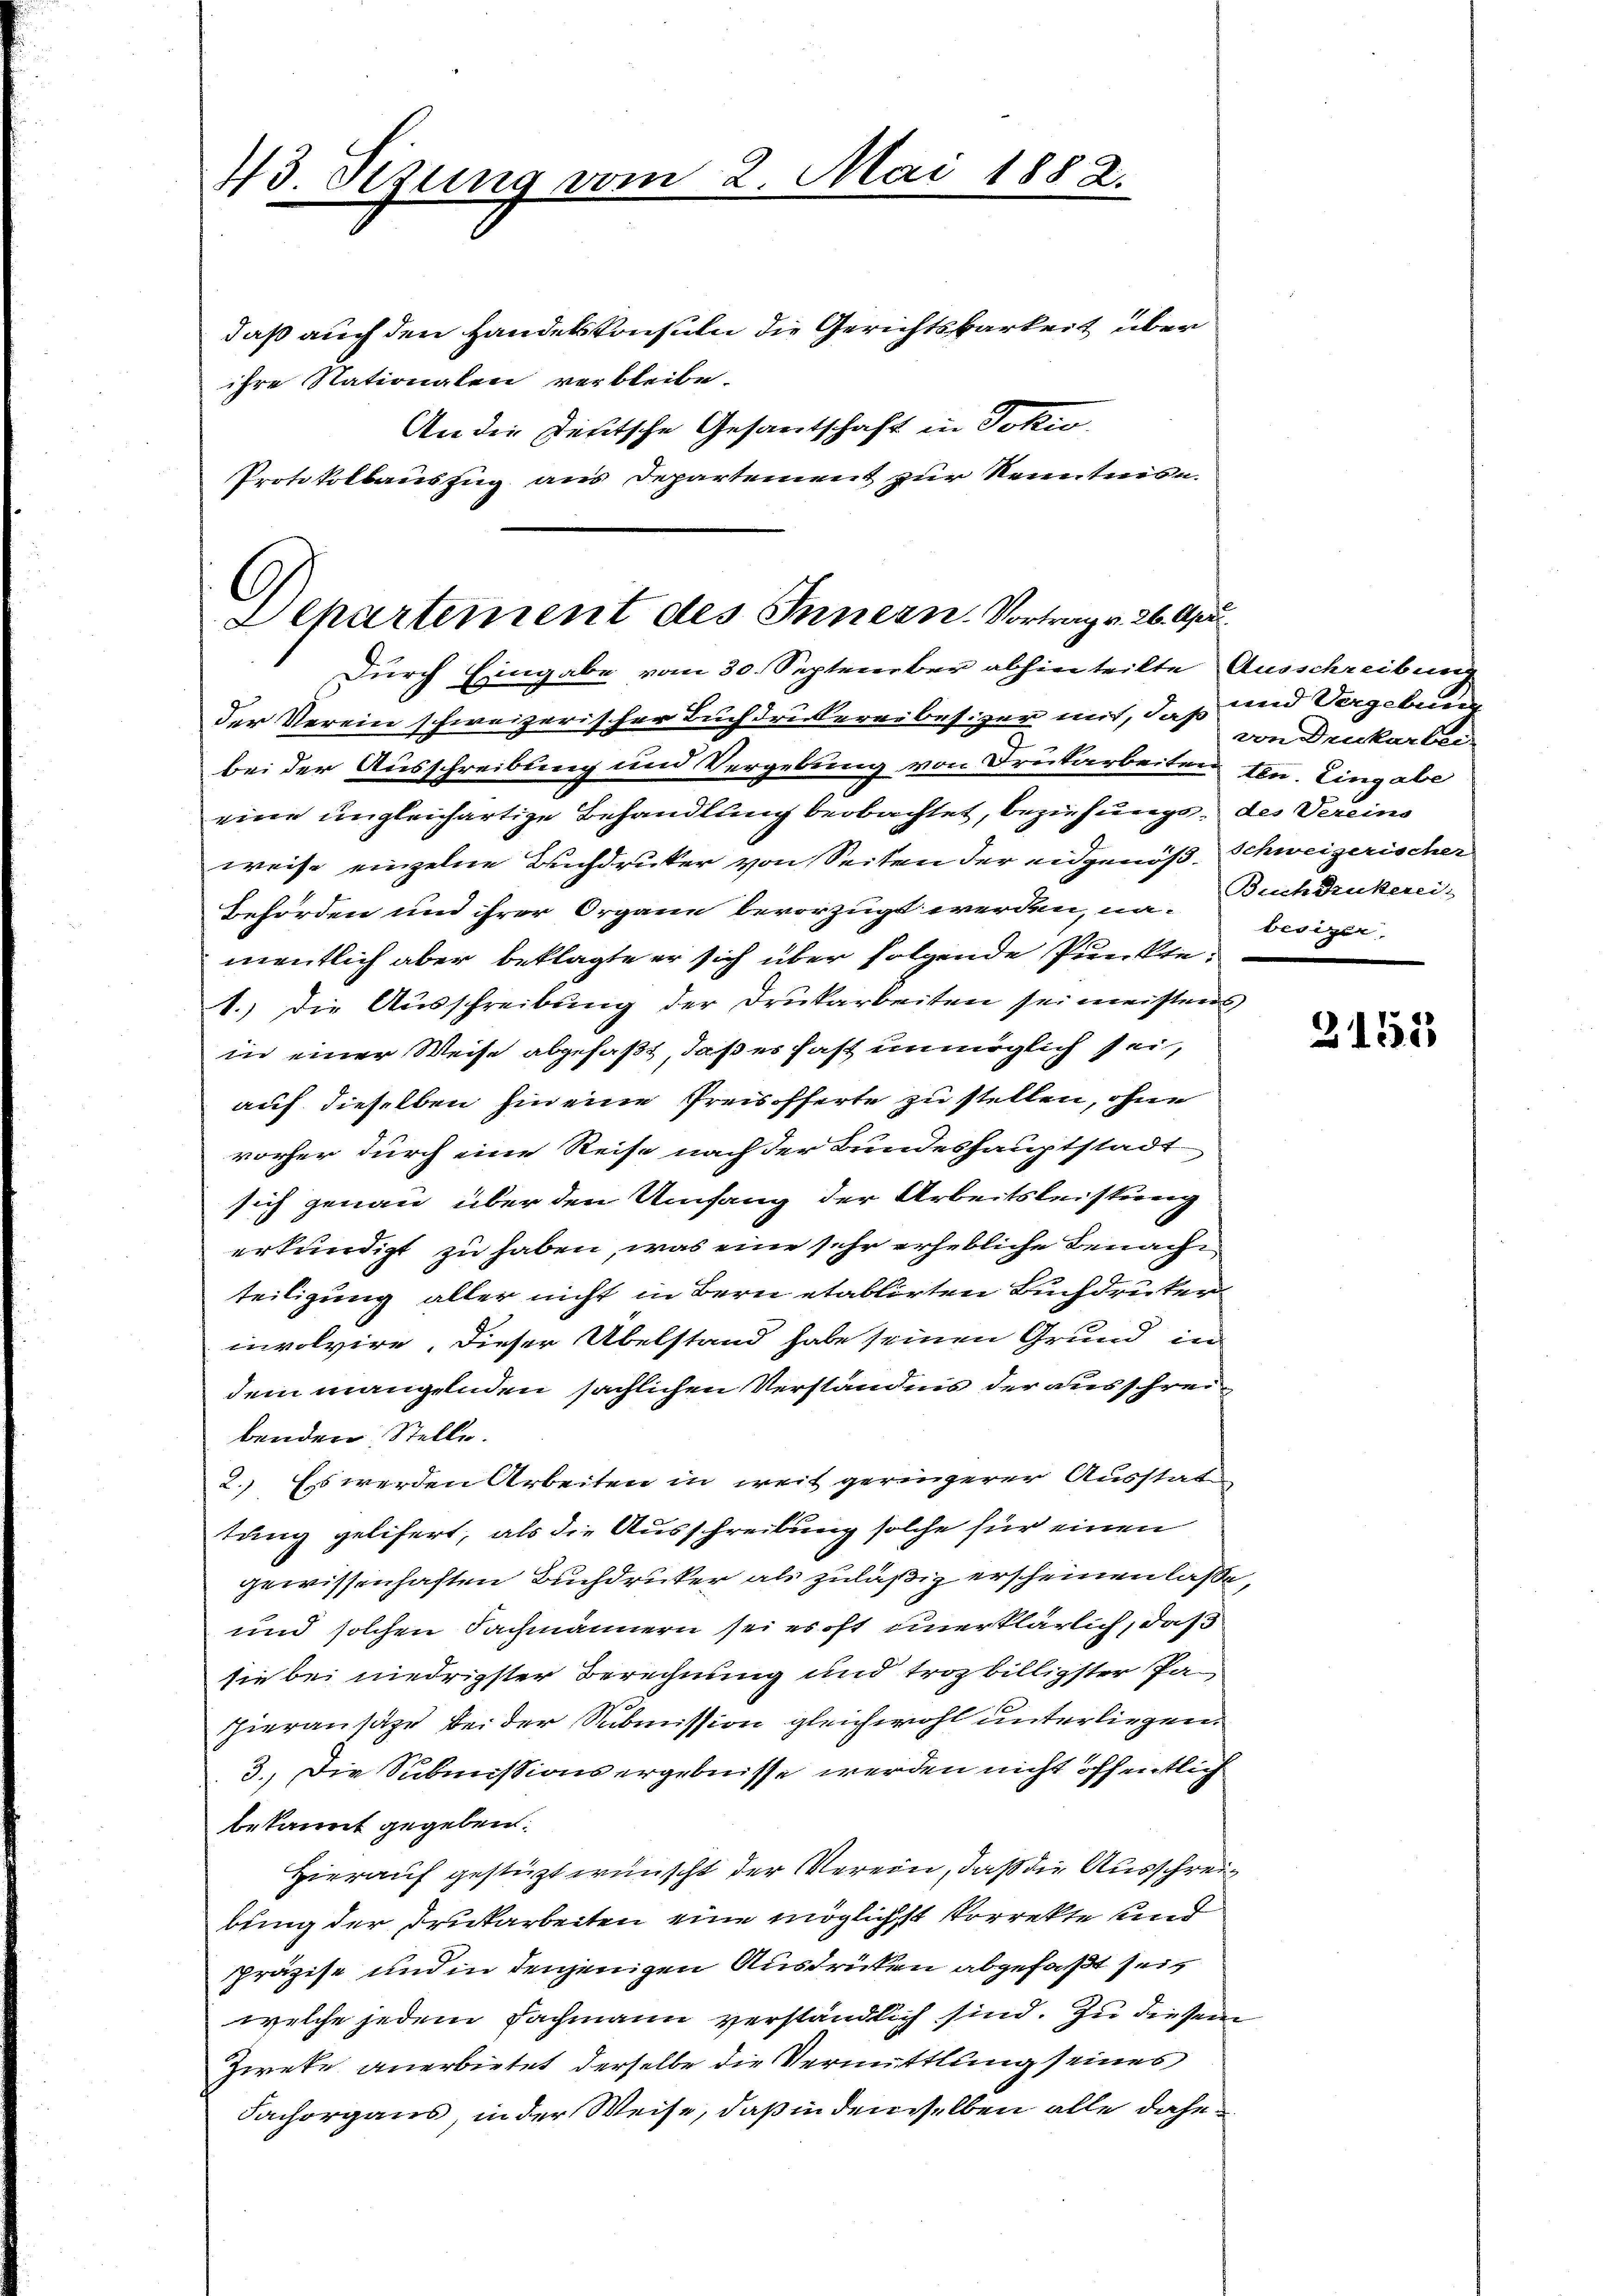
43. Sizung vom

2. Mai 1882.

daß auch den Handelskonsuln die Gerichtsbarkeit über
ihre Nationalen verbleibe.
An die Deutsche Gesantschaft in Joki
Protokollauszug aus Departement zur Kenntnis u.

Departement des Innern. Vortrag v. 26. Apri
Durch Eingabe vom 30. September abhin teilte Ausschreibung

der Verein schweizerischer Buchdruckereibesizer mit, daß und Vergebenen
bei der Ausschreibung und Vergebung von Frutarbeiten ten. Eingabe
eine ungleichartige Behandlung beobachtet, beziehung des Vereins
weise einzelne Buchdrucker von Seiten der eidgenöß, Schweizerischer
Behörden und ihrer Organe bevorzugt werden, na-Buchdrukerei-
mentlich aber beklagte er sich über folgende Punkte
1.) Die Ausschreibung der Drukarbeiten sei meistens
in einer Weise abgefaßt, daß es hast unmöglich sei,
auf dieselben hin eine Preisofferte zu stellen, ohne
vorher durch eine Reise nach der Bundeshauptstadt
sich genau über den Umfang der Arbeitsleistung
erkundigt zu haben, was eine sehr erhebliche Benachteiligung aller nicht in Bern etablirten Buchdruker
involvire, dieser Übelstand habe seinen Grund in
dem mangelnden sächlichen Verständnis der ausschreibenden Stelle.
2. Es werden Arbeiten in weit geringerer Ausstat
tung gelifert, als die Ausschreibung solche für einen
gewissenhaften Buchdrucker als zuläßig erscheinen lasse
und solchen Fachmännern sei es oft unerklärlich, daß
sie bei niedrigster Berechnung und trozbilligster Pa¬
Hieransätze bei der Submission gleichwohl unterliegen
3.) Die Submissions ergebnisse werden nicht öffentlich
bekannt gegeben.
Hierauf gestüzt wünscht der Verein, daß die Ausschreibring der Drukarbeiten eine möglichst korrekte und
präzise und in denjenigen Ausdrücken abgefaßt sei,
welche jedem Fachmann verständlich sind. Zu diesem
Zweke anerbietet, derselbe die Vermittlung seines
Fachorgans, in der Weise, daß in den selben alle dahe

von Denkarber
besizen.

2151